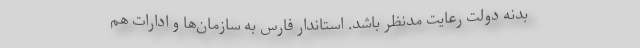
بدنه دولت رعایت مدنظر باشد. استاندار فارس به سازمان‌ها و ادارات هم